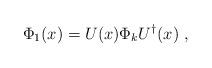
LaTeX: \begin{align*}\Phi_1 (x) = U(x) \Phi_k U^\dagger (x) \ ,\end{align*}